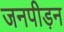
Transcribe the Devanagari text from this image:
जनपीड़न